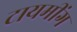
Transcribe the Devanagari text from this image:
टायमींग